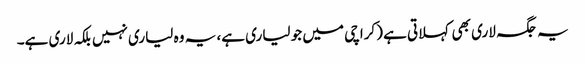
یہ جگہ لاری بھی کہلاتی ہے (کراچی میں جو لیاری ہے، یہ وہ لیاری نہیں بلکہ لاری ہے۔